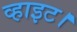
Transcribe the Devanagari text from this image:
व्हाइट।